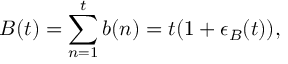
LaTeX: B ( t ) = \sum _ { n = 1 } ^ { t } b ( n ) = t ( 1 + \epsilon _ { B } ( t ) ) ,